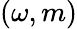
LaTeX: (\omega,m)